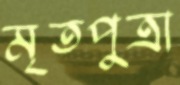
মৃতপুত্রা